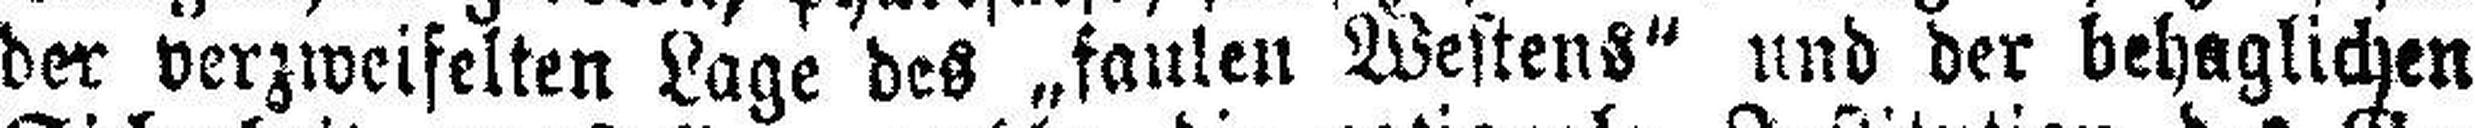
der verzweifelten Lage des „faulen Westens“ und der behaglichen